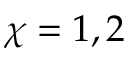
\chi = 1 , 2